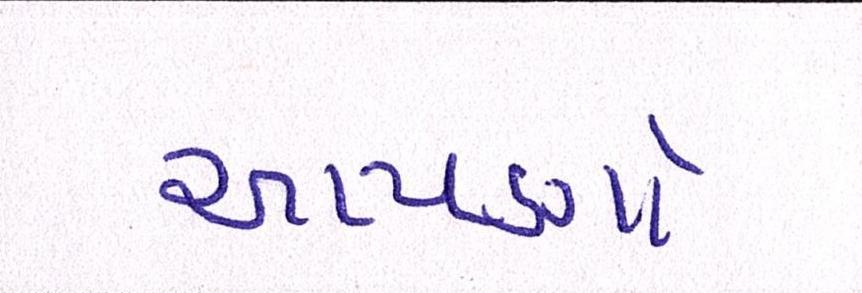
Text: આપણો